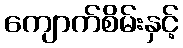
ကျောက်စိမ်းနှင့်